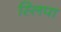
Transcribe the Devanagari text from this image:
स्लिपा